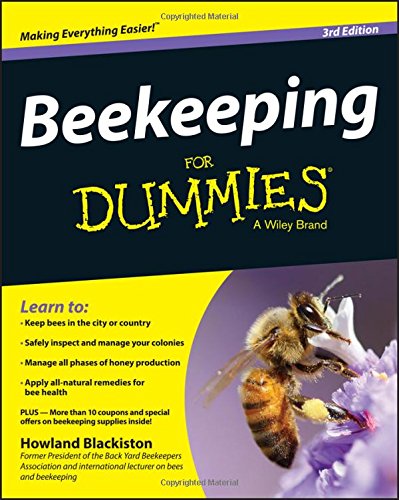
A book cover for Beekeeping For Dummies; Howland Blackiston; Crafts, Hobbies & Home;